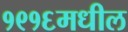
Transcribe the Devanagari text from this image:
१९१६मधील